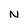
Character: N